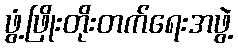
ဖွံ့ဖြိုးတိုးတက်ရေးအဖွဲ့